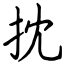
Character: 抌